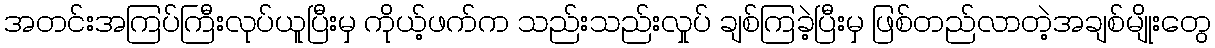
အတင်းအကြပ်ကြီးလုပ်ယူပြီးမှ ကိုယ့်ဖက်က သည်းသည်းလှုပ် ချစ်ကြခဲ့ပြီးမှ ဖြစ်တည်လာတဲ့အချစ်မျိုးတွေ